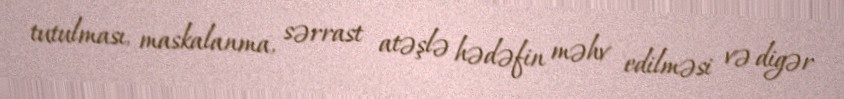
tutulması, maskalanma, sərrast atəşlə hədəfin məhv edilməsi və digər